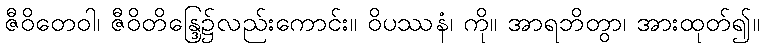
ဇီဝိတေဝါ၊ ဇီဝိတိန္ဒြေ၌လည်းကောင်း။ ဝိပဿနံ၊ ကို။ အာရဘိတွာ၊ အားထုတ်၍။